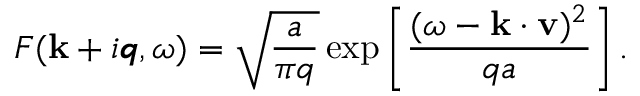
F ( { \bf k } + i \mathbfit { q } , \omega ) = \sqrt { \frac { a } { \pi q } } \exp \left[ \frac { ( \omega - { \bf k } \cdot { \bf v } ) ^ { 2 } } { q a } \right] .